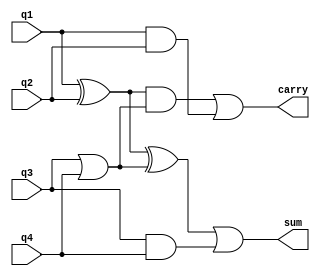
`timescale 1ns / 1ps
//////////////////////////////////////////////////////////////////////////////////
// Company: 
// Engineer: 
// 
// Design Name: 
// Module Name: ac1
// Project Name: 
// Target Devices: 
// Tool Versions: 
// Description: 
// 
// Dependencies: 
// 
// Revision:
// Revision 0.01 - File Created
// Additional Comments:
// 
//////////////////////////////////////////////////////////////////////////////////


module ac1(
    input q1,q2,q3,q4,
    output sum,carry
    );
    wire p1,p2;
    assign p1= q1 ^ q2;
    assign p2= q3 | q4;
    assign sum= p1 ^ p2 |(q3&q4); 
    assign carry=(p1&p2)|(q1&q2);
endmodule